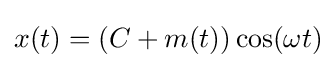
x(t)=(C+m(t))\cos(\omega t)